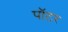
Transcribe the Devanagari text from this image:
पाॅटर